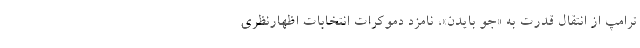
ترامپ از انتقال قدرت به «جو بایدن»، نامزد دموکرات انتخابات اظهار‌نظری